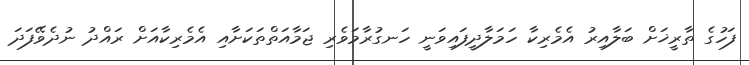
ފަހުގެ ތާރީޚަށް ބަލާއިރު އެމެރިކާ ހަމަލާދީފައިވަނީ ހަނގުރާމަވެރި ޖަމާއަތްތަކަށާއި އެމެރިކާއަށް ރައްދު ނުދެވޭފަދަ